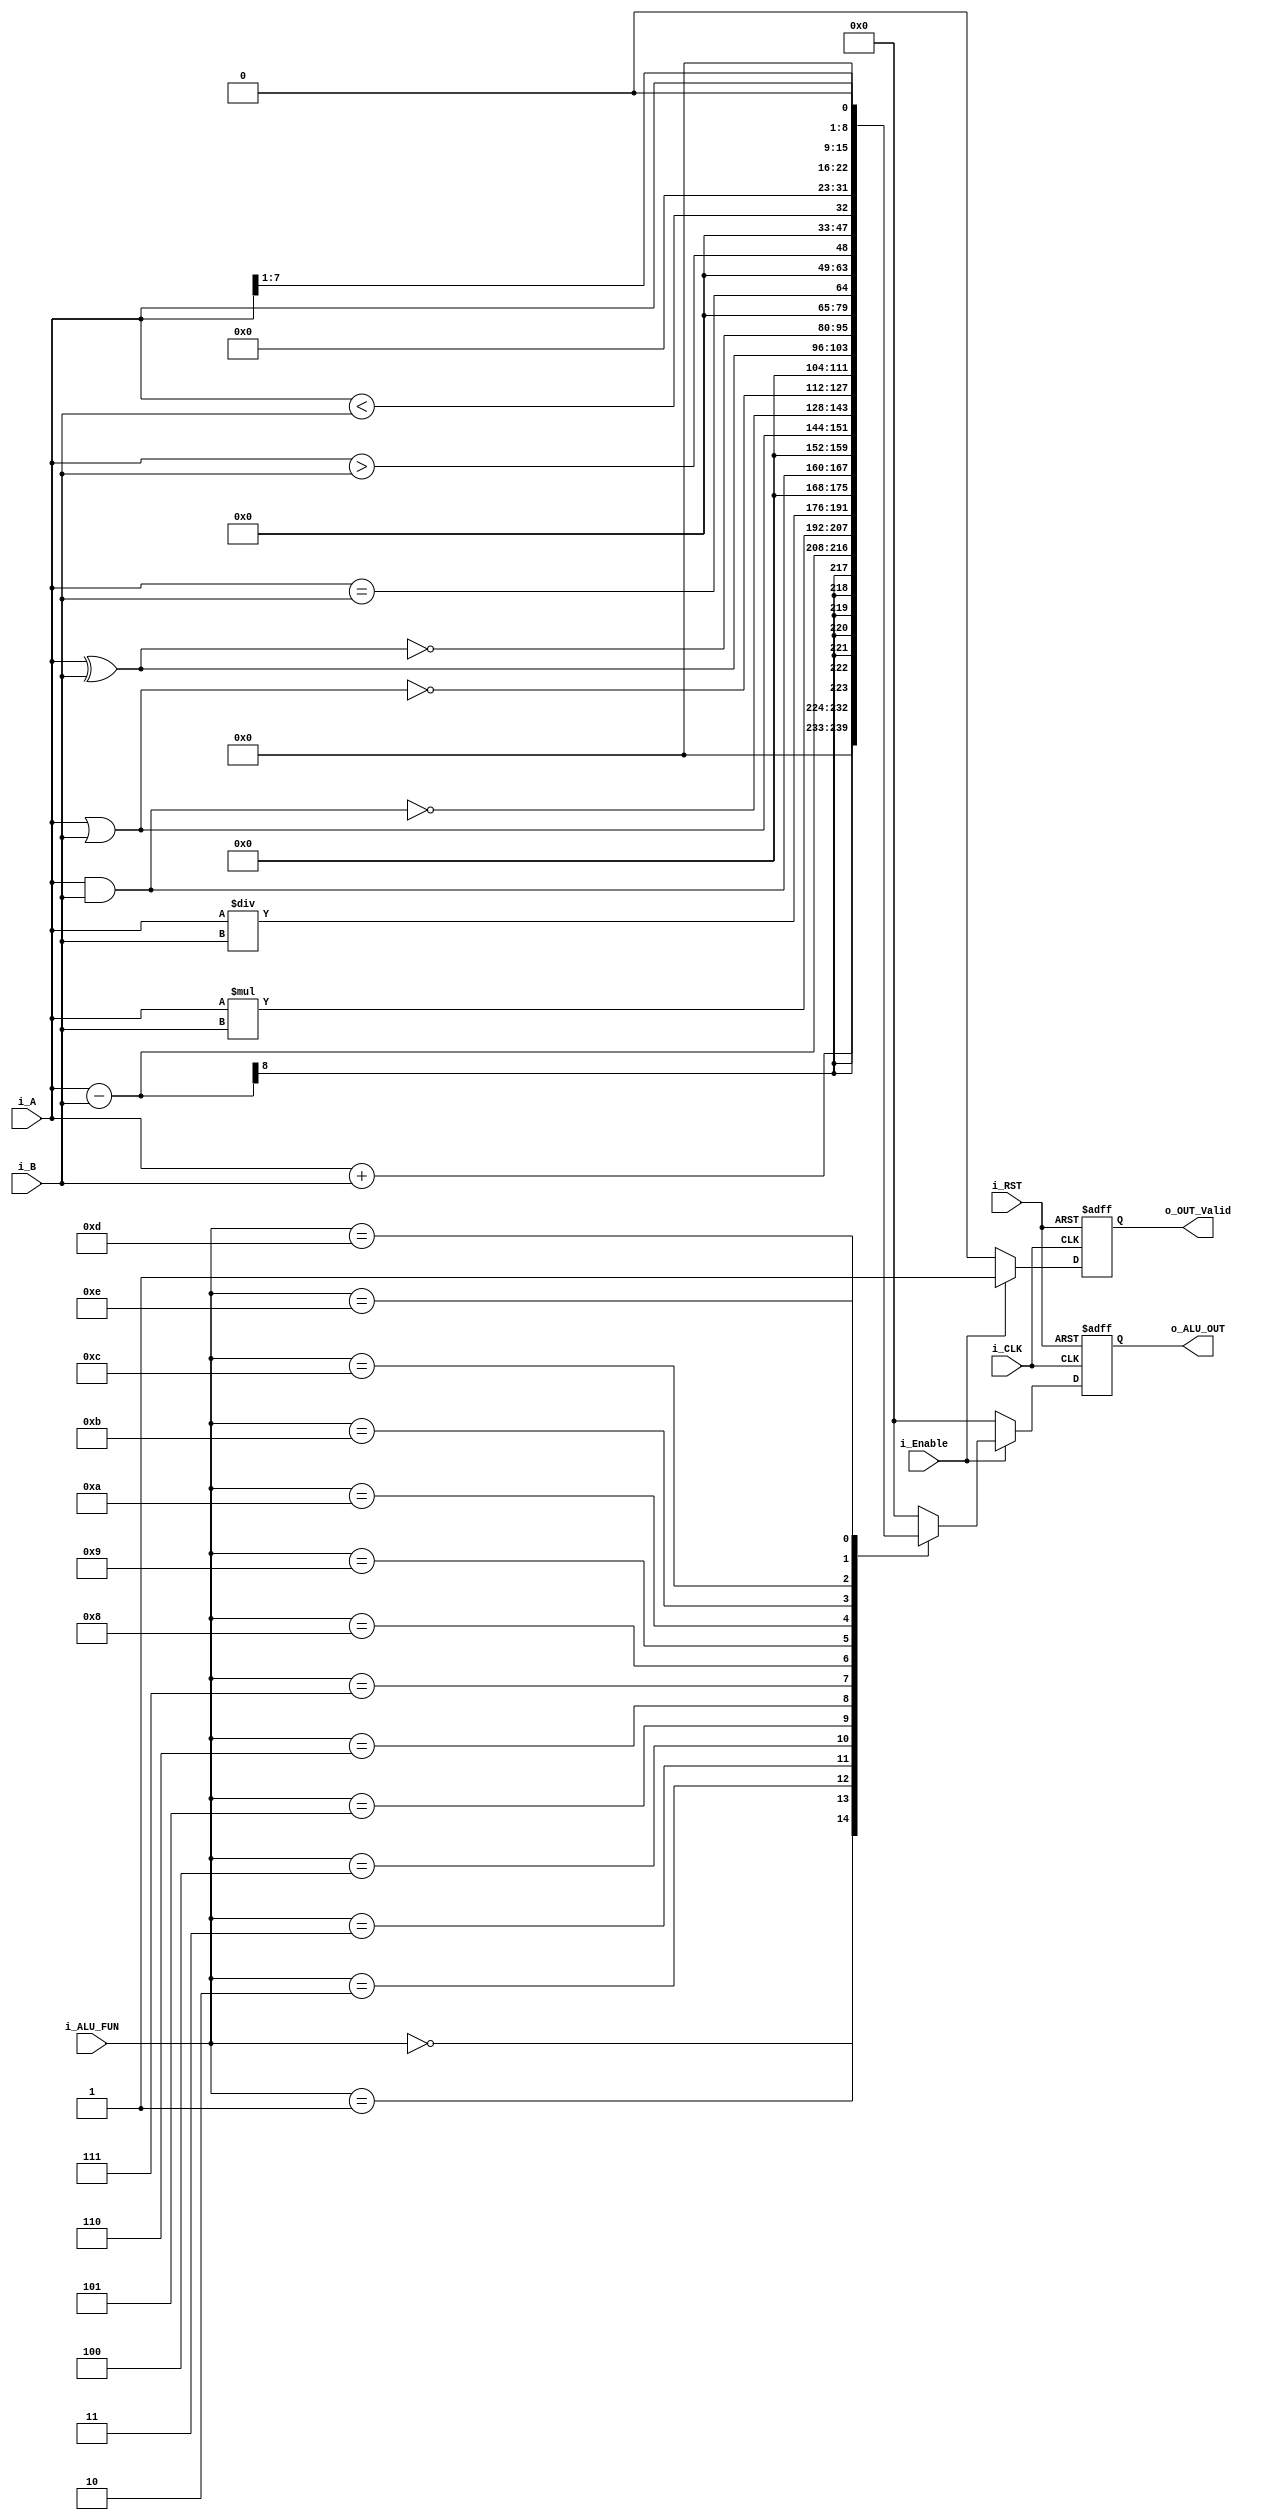
module ALU #(
    parameter   DATA_WIDTH = 8,
                ALU_FUN_WIDTH = 4
) (
    input   wire                            i_CLK,
    input   wire                            i_RST,
    input   wire    [DATA_WIDTH- 1:0]       i_A,
    input   wire    [DATA_WIDTH- 1:0]       i_B,
    input   wire    [ALU_FUN_WIDTH-1:0]     i_ALU_FUN,
    input   wire                            i_Enable,
    output  reg     [2*DATA_WIDTH-1:0]      o_ALU_OUT,
    output  reg                             o_OUT_Valid
);
    reg [2*DATA_WIDTH - 1:0] ALU_result;
    

    localparam [ALU_FUN_WIDTH-1:0]  Addition        = 4'b0000,
                                    Subtraction     = 4'b0001,
                                    Multiplication  = 4'b0010,
                                    Division        = 4'b0011,
                                    AND             = 4'b0100,
                                    OR              = 4'b0101,
                                    NAND            = 4'b0110,
                                    NOR             = 4'b0111,
                                    XOR             = 4'b1000,
                                    XNOR            = 4'b1001, 
                                    AeqB            = 4'b1010,
                                    AgtB            = 4'b1011,
                                    AltB            = 4'b1100,
                                    SHLA            = 4'b1101,
                                    SHRA            = 4'b1110;
    always @(*) begin
        case (i_ALU_FUN)
            Addition:       ALU_result = i_A + i_B;
            Subtraction:    ALU_result = i_A - i_B;
            Multiplication: ALU_result = i_A * i_B;
            Division:       ALU_result = i_A / i_B;
            AND:            ALU_result = i_A & i_B;
            OR:             ALU_result = i_A | i_B;
            NAND:           ALU_result = ~(i_A & i_B);
            NOR:            ALU_result = ~(i_A | i_B);
            XOR:            ALU_result = i_A ^ i_B;
            XNOR:           ALU_result = ~(i_A ^ i_B);
            AeqB:           ALU_result = i_A == i_B;
            AgtB:           ALU_result = i_A > i_B;
            AltB:           ALU_result = i_A < i_B;
            SHLA:           ALU_result = i_A >> 1;
            SHRA:           ALU_result = i_A << 1;
            default:        ALU_result= 0;
        endcase
    end

    always @(posedge i_CLK or negedge i_RST) begin
        if(~i_RST) begin
            o_ALU_OUT <= 'b0;
            o_OUT_Valid <= 'b0;
        end
        else if (i_Enable)begin
            o_ALU_OUT <= ALU_result;
            o_OUT_Valid <= 'b1;
        end
        else begin
            o_ALU_OUT <= 'b0; 
            o_OUT_Valid <= 'b0;
        end
    end
    
endmodule